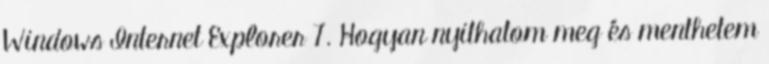
Windows Internet Explorer 7. Hogyan nyithatom meg és menthetem